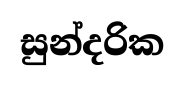
සුන්දරික